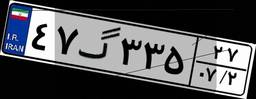
۴۷گ۳۳۵۲۷